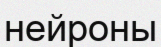
нейроны